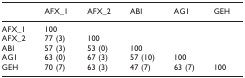
<table><thead><tr><td></td><td><b>AFX_1</b></td><td><b>AFX_2</b></td><td><b>ABI</b></td><td><b>AG1</b></td><td><b>GEH</b></td></tr></thead><tbody><tr><td>AFX_1</td><td>100</td><td></td><td></td><td></td><td></td></tr><tr><td>AFX_2</td><td>77 (3)</td><td>100</td><td></td><td></td><td></td></tr><tr><td>ABI</td><td>57 (3)</td><td>53 (0)</td><td>100</td><td></td><td></td></tr><tr><td>AG1</td><td>63 (0)</td><td>67 (3)</td><td>57 (10)</td><td>100</td><td></td></tr><tr><td>GEH</td><td>70 (7)</td><td>63 (3)</td><td>47 (7)</td><td>63 (7)</td><td>100</td></tr></tbody></table>